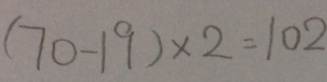
( 7 0 - 1 9 ) \times 2 = 1 0 2